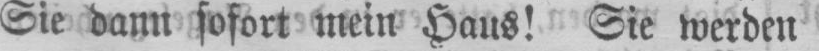
Sie dann sofort mein Haus! Sie werden